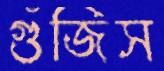
গুঁজিস